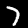
Digit: 7